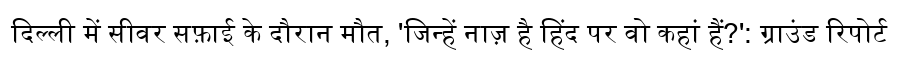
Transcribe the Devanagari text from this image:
दिल्ली में सीवर सफ़ाई के दौरान मौत, 'जिन्हें नाज़ है हिंद पर वो कहां हैं?': ग्राउंड रिपोर्ट